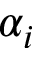
\alpha _ { i }